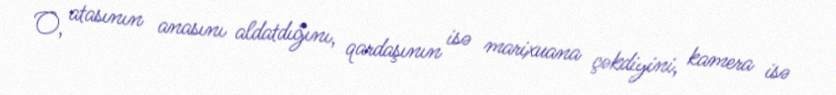
O, atasının anasını aldatdığını, qardaşının isə marixuana çəkdiyini, kamera isə